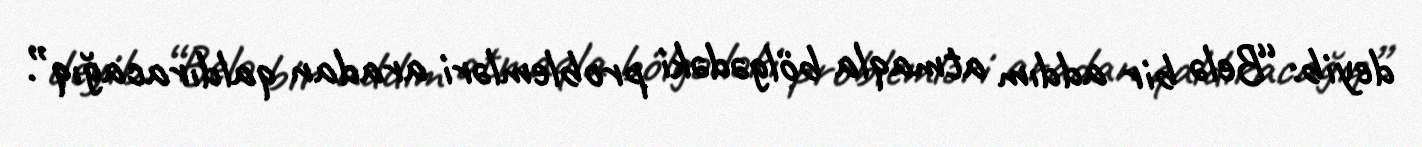
deyib: “Belə bir addım atmaqla bölgədəki problemləri aradan qaldıracağıq”.